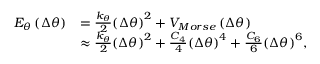
\begin{array} { r l } { { { E } _ { \theta } } \left( \Delta \theta \right) } & { = \frac { { k } _ { \theta } } { 2 } { { \left( \Delta \theta \right) } ^ { 2 } } + { { V } _ { M o r s e } } \left( \Delta \theta \right) } \\ & { \approx \frac { { k } _ { \theta } } { 2 } { { \left( \Delta \theta \right) } ^ { 2 } } + \frac { { { C } _ { 4 } } } { 4 } { { \left( \Delta \theta \right) } ^ { 4 } } + \frac { { { C } _ { 6 } } } { 6 } { { \left( \Delta \theta \right) } ^ { 6 } } , } \end{array}